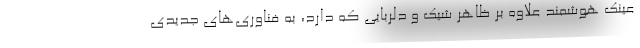
عینک هوشمند علاوه بر ظاهر شیک و دلربایی که دارد، به فناوری‌های جدیدی